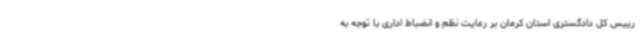
رییس کل دادگستری استان کرمان بر رعایت نظم و انضباط اداری با توجه به